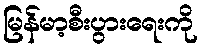
မြန်မာ့စီးပွားရေးကို